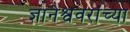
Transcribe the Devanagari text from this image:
ज्ञानेश्ववरांच्या